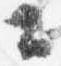
公